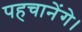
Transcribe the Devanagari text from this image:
पहचानेंगे।